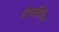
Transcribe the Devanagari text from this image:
रिपटीटीव